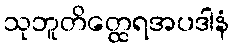
သုဘူတိတ္ထေရအပဒါနံ